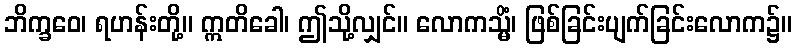
ဘိက္ခဝေ၊ ရဟန်းတို့။ ဣတိခေါ၊ ဤသို့လျှင်။ လောကသ္မိံ၊ ဖြစ်ခြင်းပျက်ခြင်းလောက၌။